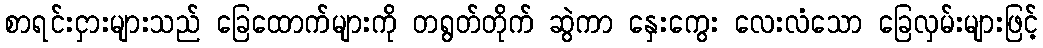
စာရင်းငှားများသည် ခြေထောက်များကို တရွတ်တိုက် ဆွဲကာ နှေးကွေး လေးလံသော ခြေလှမ်းများဖြင့်